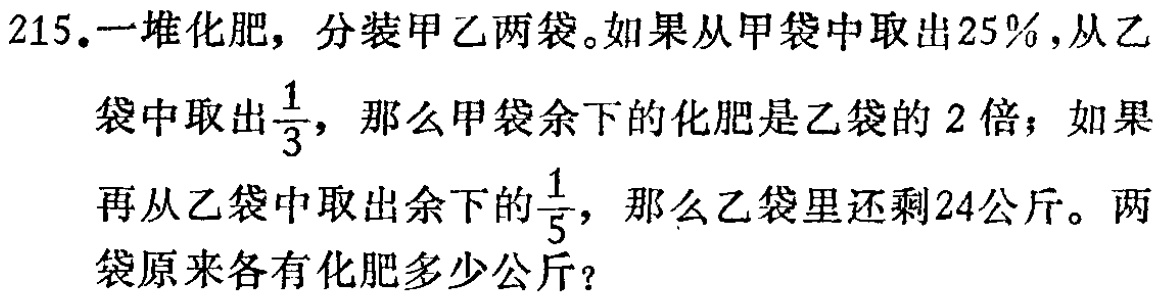
215.一堆化肥，分装甲乙两袋。如果从甲袋中取出25%，从乙袋中取出$\frac{1}{3}$，那么甲袋余下的化肥是乙袋的2倍；如果再从乙袋中取出余下的$\frac{1}{5}$，那么乙袋里还剩24公斤。两袋原来各有化肥多少公斤？